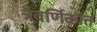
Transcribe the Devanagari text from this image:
त्रैवर्णिकांत